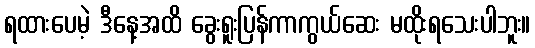
ရထားပေမဲ့ ဒီနေ့အထိ ခွေးရူးပြန်ကာကွယ်ဆေး မထိုးရသေးပါဘူး။